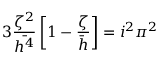
3 \frac { \zeta ^ { 2 } } { \Bar { h ^ { 4 } } } \left[ 1 - \frac { \zeta } { \Bar { h } } \right] = i ^ { 2 } \pi ^ { 2 }